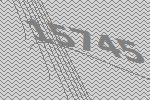
15745